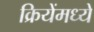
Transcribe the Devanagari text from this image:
क्रियेंमध्ये